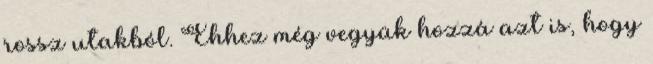
rossz utakból. Ehhez még vegyük hozzá azt is, hogy